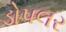
ડોપલર